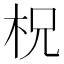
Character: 柷